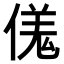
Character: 𫣌